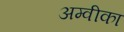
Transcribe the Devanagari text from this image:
अम्वीका